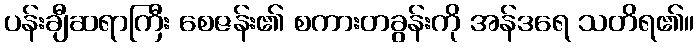
ပန်းချီဆရာကြီး စေဇန်း၏ စကားတခွန်းကို အန်ဒရေ သတိရ၏။